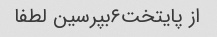
از پایتخت۶بپرسین لطفا